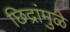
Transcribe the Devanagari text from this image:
छिद्रांमुळे